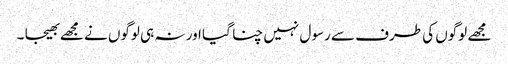
مجھے لوگوں کی طرف سے رسول نہیں چنا گیا اور نہ ہی لوگوں نے مجھے بھیجا ۔